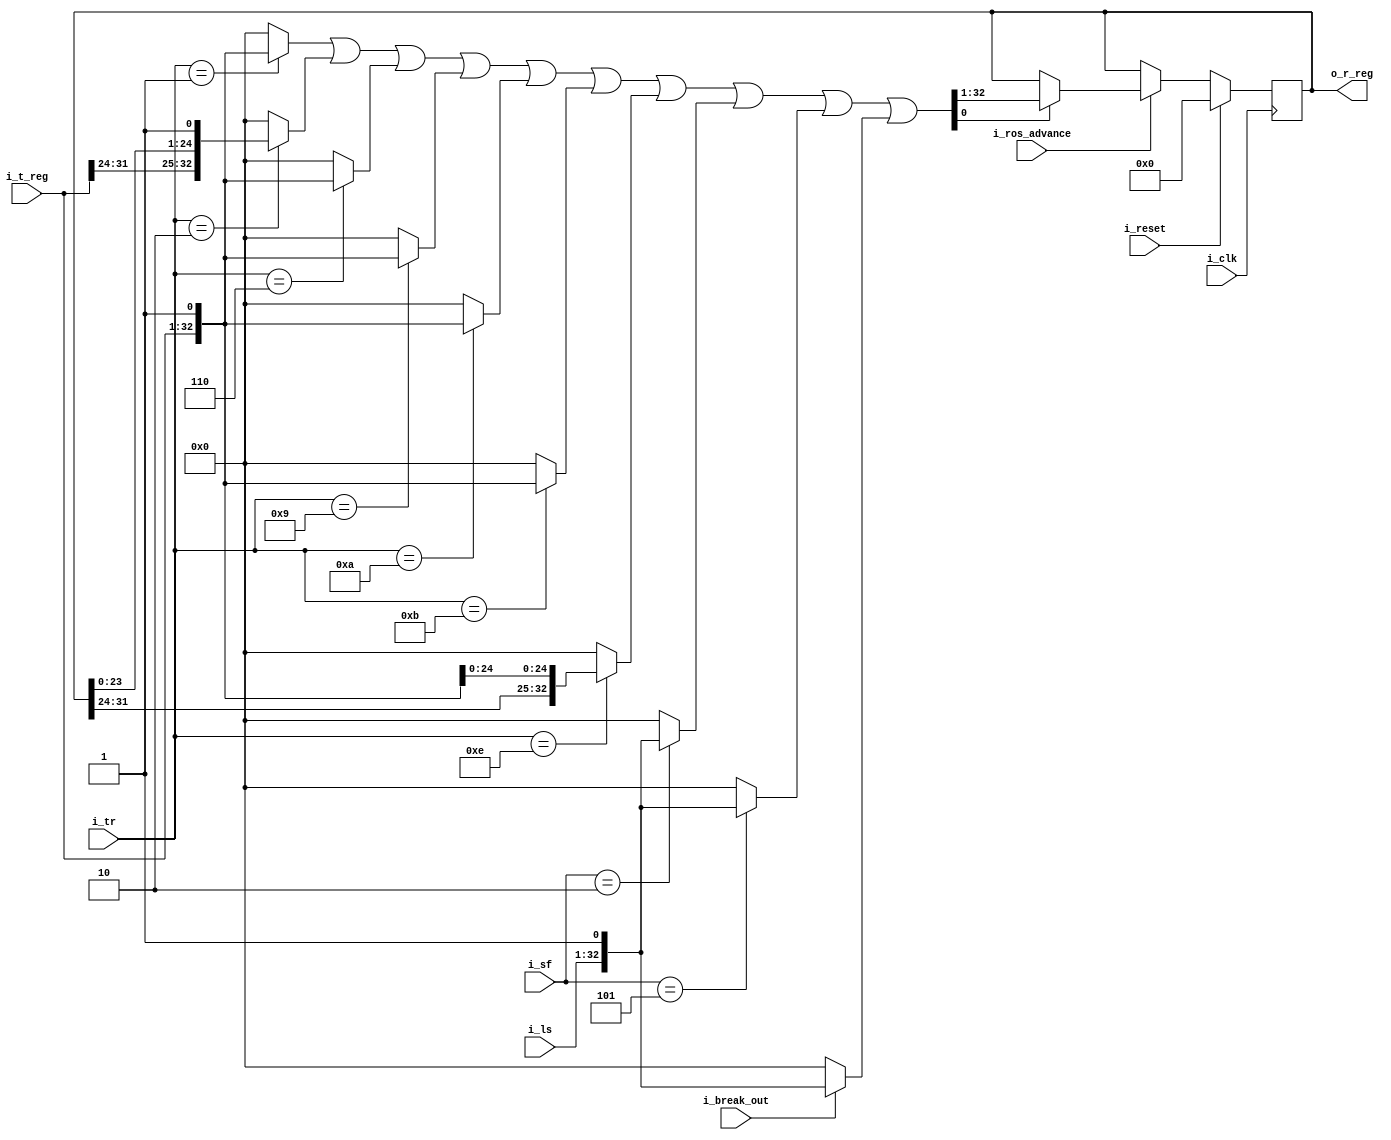
`default_nettype   none

// 2050 r register

module x2050rreg (i_clk, i_reset,
	i_ros_advance,
	i_tr,
	i_sf,
	i_t_reg,
	i_ls,
	i_break_out,
	o_r_reg);

	input wire i_clk;
	input wire i_reset;
	input wire i_ros_advance;

	input wire [4:0] i_tr;
	input wire [2:0] i_sf;
	input wire [31:0] i_t_reg;
	input wire [31:0] i_ls;
	input wire i_break_out;
	output reg [31:0] o_r_reg;

	wire [32:0] next_rreg =
		((i_tr == 5'd1) ? {i_t_reg,1'b1} : 0)
		| ((i_tr == 5'd2) ? {i_t_reg[31-0:31-7],o_r_reg[31-8:31-31],1'b1} : 0)
		| ((i_tr == 5'd6) ? {i_t_reg,1'b1} : 0)
		| ((i_tr == 5'd9) ? {i_t_reg,1'b1} : 0)
		| ((i_tr == 5'd10) ? {i_t_reg,1'b1} : 0)
		| ((i_tr == 5'd11) ? {i_t_reg,1'b1} : 0)
		| ((i_tr == 5'd14) ? {o_r_reg[31-0:31-7],i_t_reg[31-8:31-31],1'b1}: 0)
		| ((i_sf == 3'd2) ? {i_ls,1'b1}: 0)
		| ((i_sf == 3'd5) ? {i_ls,1'b1}: 0)
		| (i_break_out ? {i_ls,1'b1}: 0)
		;

// XXX only on ros exec
always @(posedge i_clk)
	if (i_reset)
		o_r_reg <= 0;
	else if (!i_ros_advance)
		;
	else if (next_rreg[0]) o_r_reg <= next_rreg[32:1];
endmodule